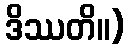
ဒိဿတိ။)